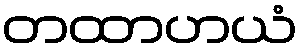
တထာဟယံ